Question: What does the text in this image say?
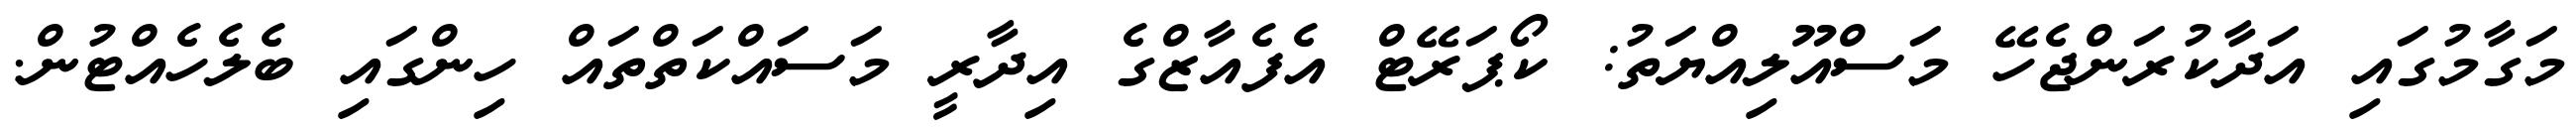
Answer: މަގާމުގައި އަދާކުރަންޖެހޭ މަސްއޫލިއްޔަތު: ކޯޕަރޭޓް އެފެއާޒްގެ އިދާރީ މަސައްކަތްތައް ހިންގައި ބެލެހެއްޓުން.